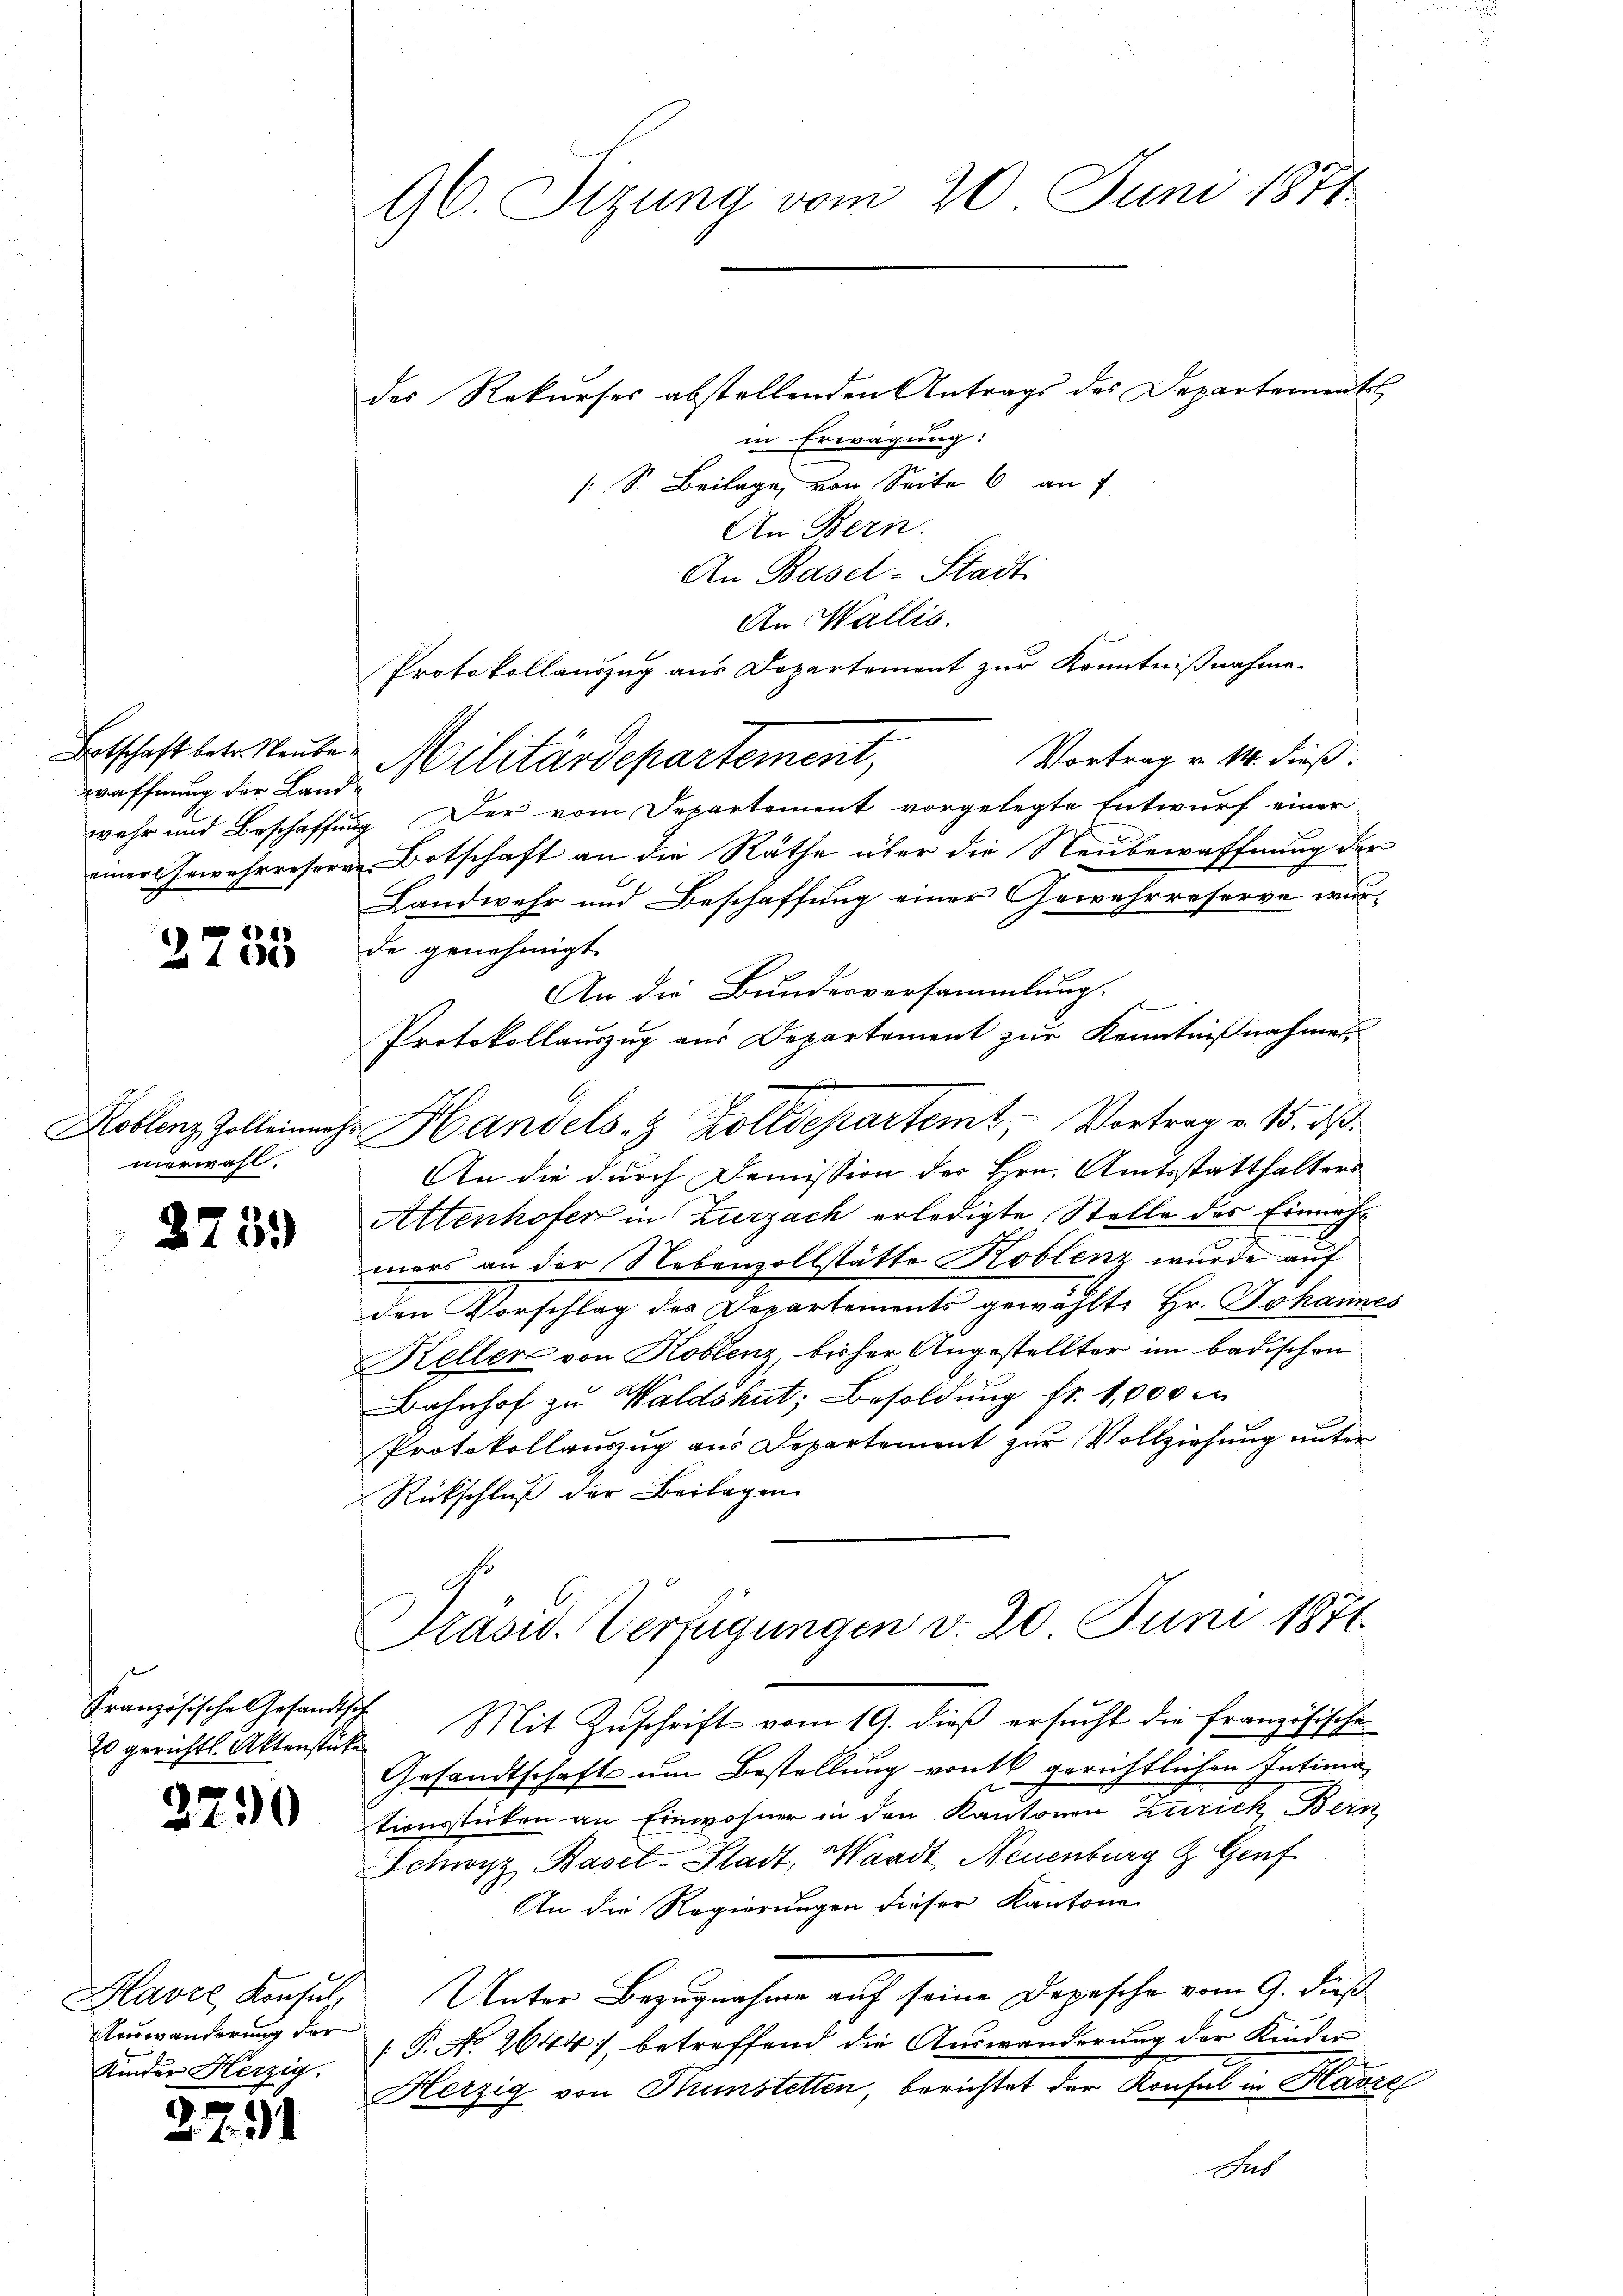
waffnung der Land-

2735

Koblenz, Zolleinanz
merwahl.

d

759)

Französische Gesandtsche

2290

Blavre Konsul
Auswanderung der
Kinder Herzig.

2791

96. Sizung vom 20. Juni 1871

des Rekurses abstollenden Antrags des Departements
in Erwägung:
[S. Beilage von Seite 6 an
An Bern.
An Basel-Stadt
An Wallis.
Protokollauszug aus Departement zur Kenntnißnahme
Betschaft betr Neute Militärdepartement,
Vortrag v. 14. dieß.
wehr und Beschaffung Der vom Departement vorgelegte Entwurf einer
einer Gewehrreserve Botschaft an die Räthe über die Neubewaffnung der
Landwehr und Beschaffung einer Gewehrreserve wur-
de genehmigt.
An die Bundesversammlung.
Protokollauszug aus Departement zur Kenntnißnahmen,
Handels- & Zolldepartemt, Vortrag v. 15. dß.
An die durch Demission des Hrn. Amtsstatthalters
Attenhofer in Zurzach erledigte Stelle des Einnahmers an der Nebenvollstätte Koblenz wurde auf
den Vorschlag des Departements gewählte Hr. Johannes
Keller von Koblenz, bisher Angestellter im badischen
Bahnhof zu Waldshut; Besoldung fr. 1,000 m
Protokollauszug aus Departement zur Vollziehung unter
Rückschluß der Beilagen
Präsid. Verfügungen v. 20 Juni 1871.

20 gerichtl. Aktenstük Mit Zŭschrift vom 19. dieβ ersŭcht die Französische

Gesandtschafts um Bestellung von gerichtlichen Intimationsstücken an Einwohner in den Kantonen Zurick Bern
Schwyz Basel-Stadt, Waadt, Neuenburg & Genf.
An die Regierungen dieser Kantone
Unter Bezugnahme auf seine Depesche vom 9. dieß
 P. No 2644), betreffend die Auswanderung der Kinder
Herzig von Thunstetten, berichtet der Konsul in Havre
Gut